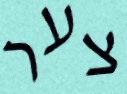
צער